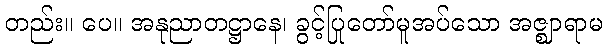
တည်း။ ပေ။ အနုညာတဋ္ဌာနေ၊ ခွင့်ပြုတော်မူအပ်သော အဇ္ဈာရာမ